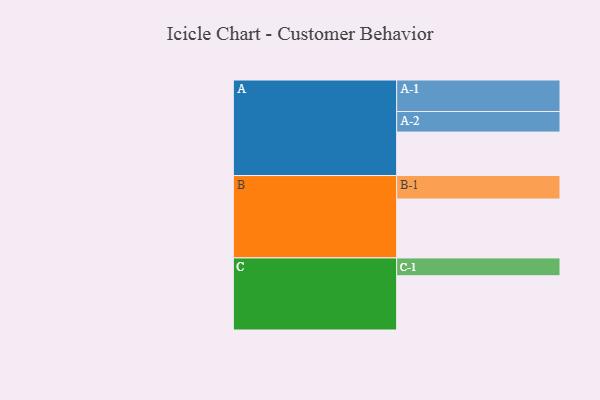
{"axis": {"x": "Segment", "y": "Value"}, "legend": ["", "A", "B", "C"], "data": [{"x": "A", "y": 400, "type": ""}, {"x": "B", "y": 542, "type": ""}, {"x": "C", "y": 499, "type": ""}, {"x": "A-1", "y": 290, "type": "A"}, {"x": "A-2", "y": 189, "type": "A"}, {"x": "B-1", "y": 216, "type": "B"}, {"x": "C-1", "y": 164, "type": "C"}]}